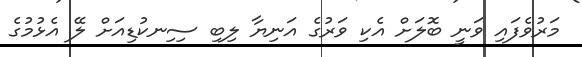
މަރުވެފައި ވަނީ ބޮލަށް އެކި ވަރުގެ އަނިޔާ ލިބި ސިިނކުޑިއަށް ލޭ އެޅުމުގެ